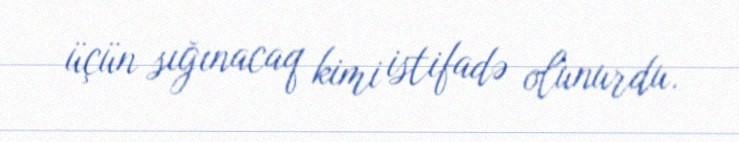
üçün sığınacaq kimi istifadə olunurdu.